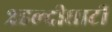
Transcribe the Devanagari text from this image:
२हल्दीघाटी